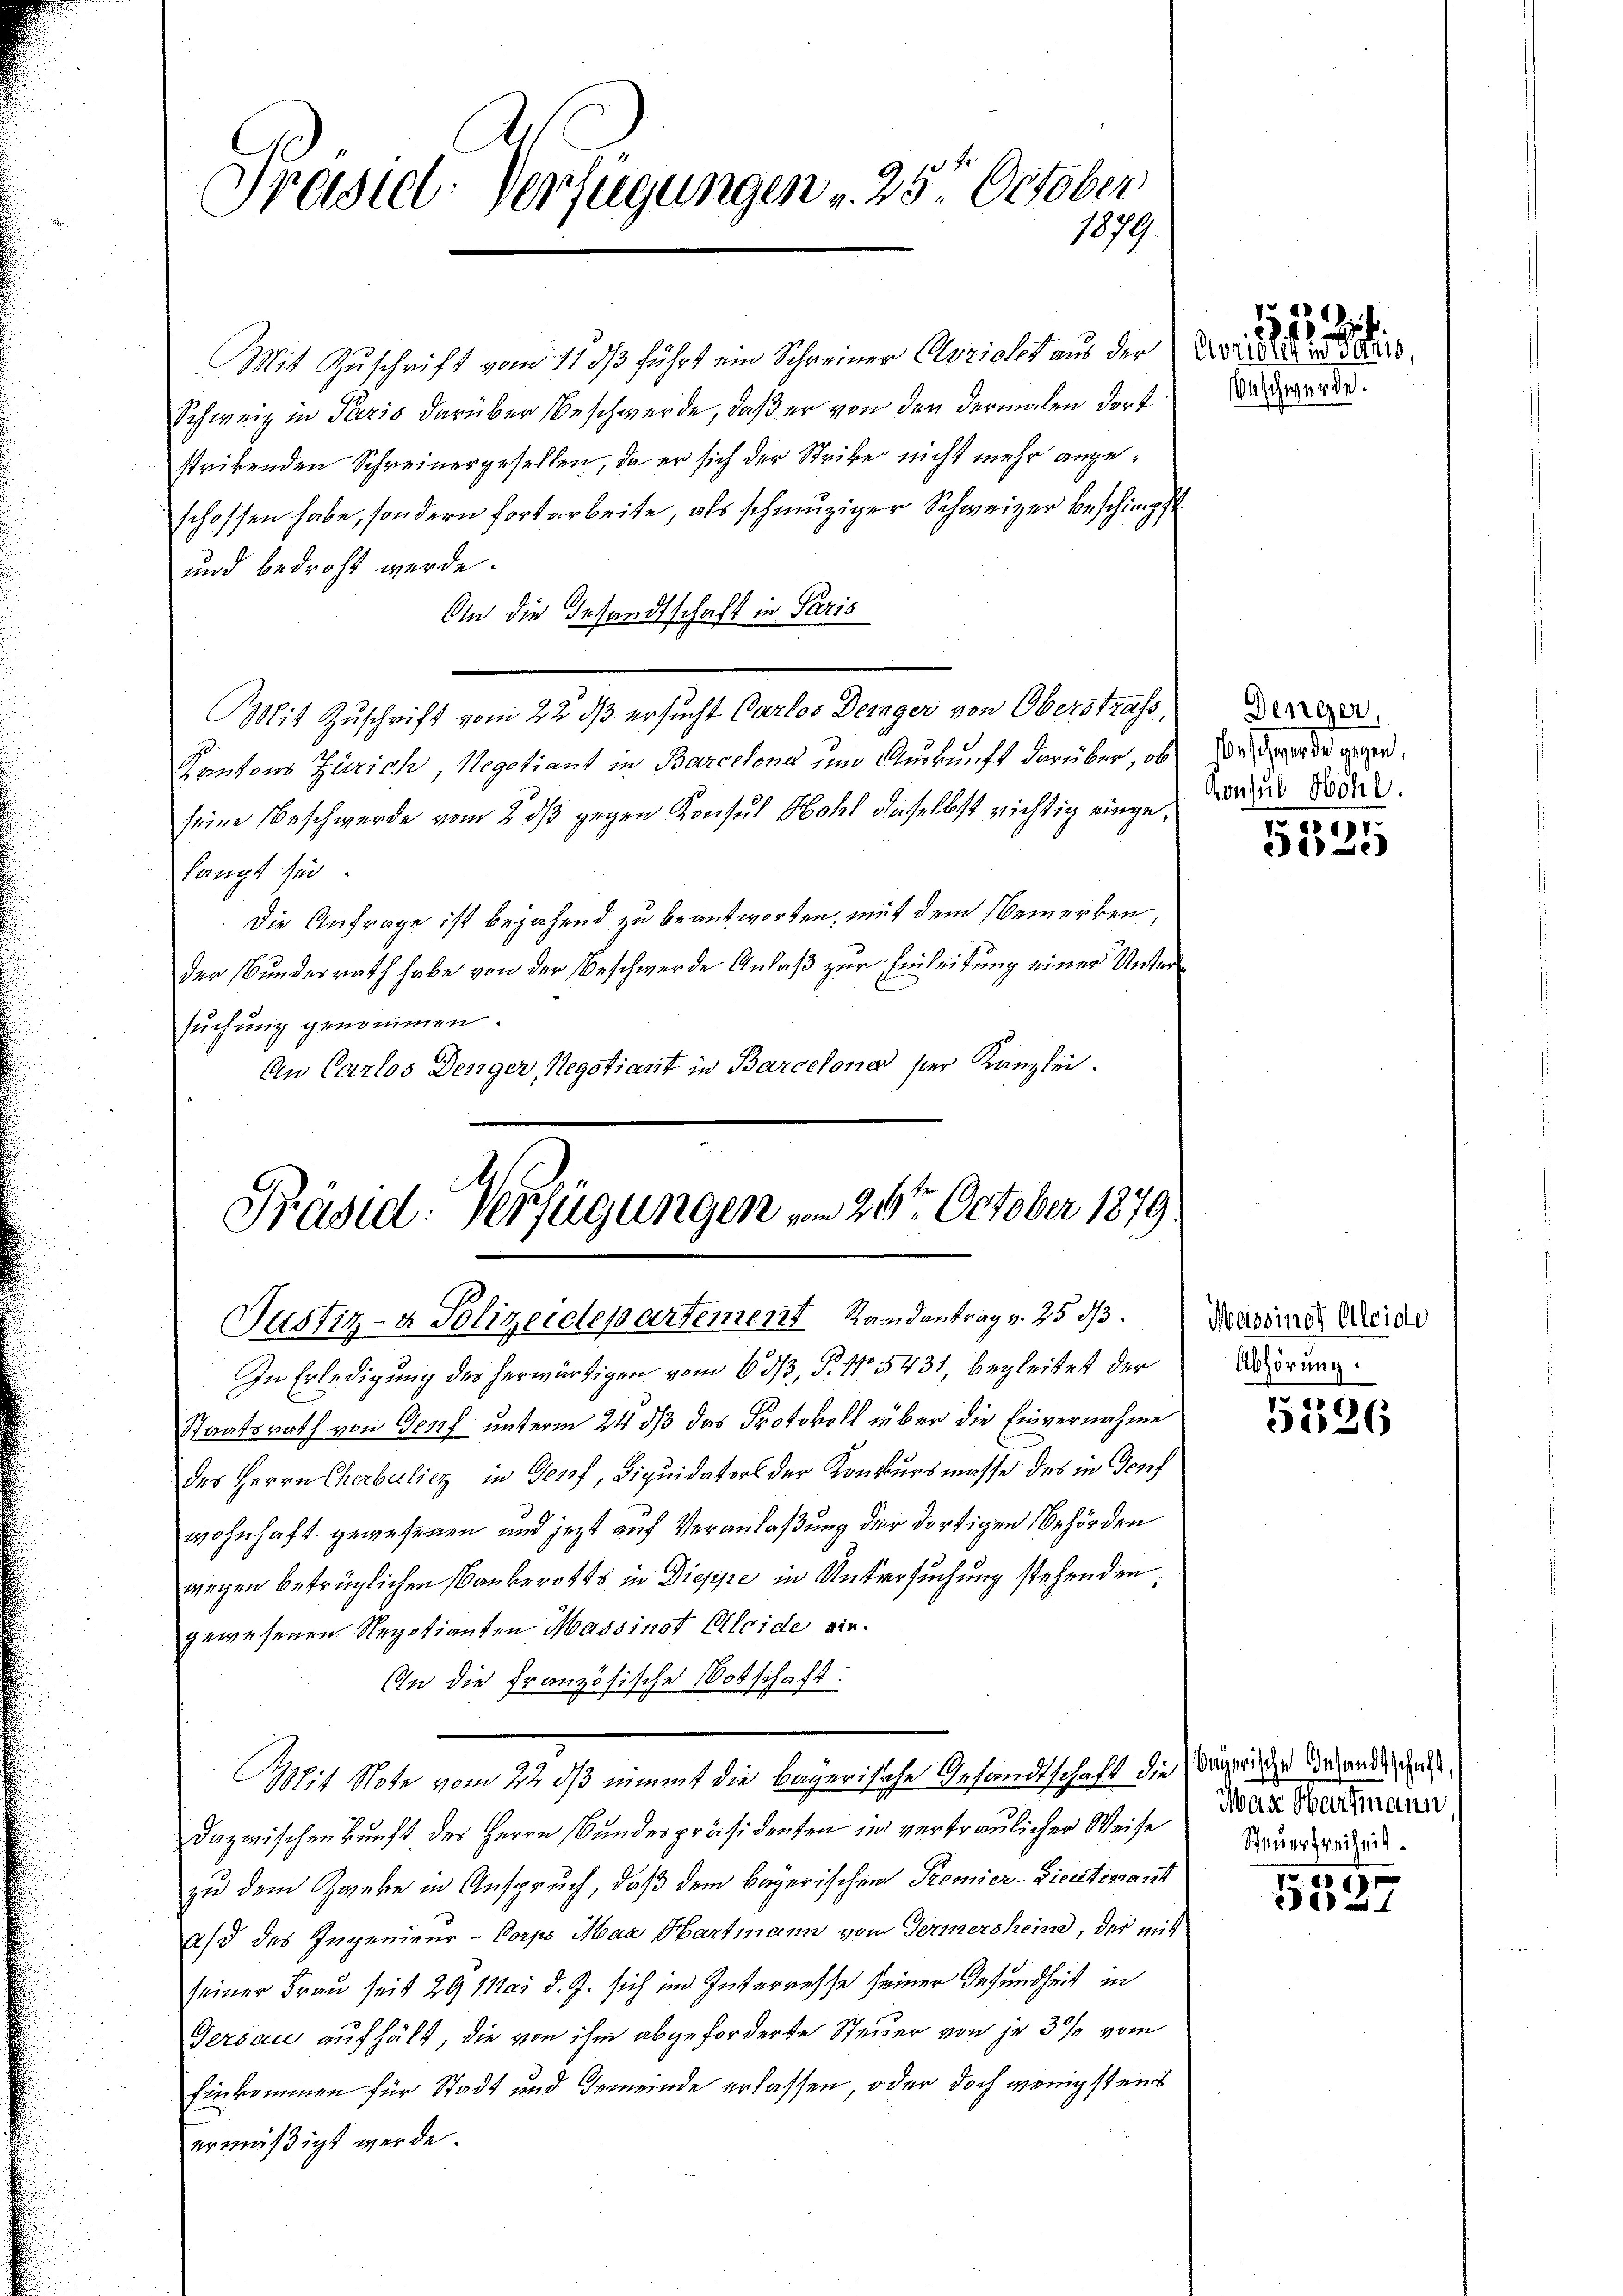
Pressiel. Verfügungen . 25. October.
1879.

Mit Zuschrift vom 11. ds führt ein Schreiner Erricht aus der Vorar 1810.
Schweiz in Paris darüber Beschwerde, daß er von den dermalen dort
strikenden Schreinergesellen, da er sich der Strike nicht mehr angeschossen habe, sondern fortarbeite, als schmutziger Schweizer beschimpft
und bedroht werde.
An die Gesandtschaft in Paris
Mit Zuschrift vom 22. ds ersucht Carlos Deinger von Oberstrass,
Kantons Zürich, Negotiant in Barcelona und Auskunft darüber, ob
seine Beschwerde vom 2. ds gegen Konsul Bohl daselbst richtig einge, wordes Todeslangt sei.
Die Anfrage ist bejahend zu beantworten, mit dem Bemerken,
der Bundesrath habe von der Beschwerde Anlaß zur Einleitung einer Untersuchung genommen.
An Carlos Denger, Negotiant in Barcelona ser Kanzlei.

le
Präsid: Verfügungen vom 24ten October 1879.
Justiz- & Polizeidepartement Randantrag v. 25 d

Mit Note vom 22. ds nimmt die bayerische Gesandtschaft die bezeige der andeshalt

In Erledigung des herwärtigen vom 6. dβ, P. No 5431, begleitet der
Staatsrath von Genf unterm 24 dß das Protokoll über die Einvernahme
des Herrn Cherbulicz in Genf, Liquidaters der Konkursmasse des in Teuf
wohnhaft gewesenen und jetzt auf Veranlaßung der dortigen Behörden
wegen betrüglichen Bankerotts in Dieppe in Untersuchung stehenden;
gewesenen Negotianten Massinst Alleide mir.
An die Französische Votschaft:
Dazwischenkunft des Herrn Bundespräsidenten in vertraulicher Weise
zu dem Zweke in Anspruch, daß dem bayerischen Premier-Lieutenant
ad des Ingenieur-Corps Max Hartmann von Termersheind, der mit
seiner Frau seit 29 Mai d. J. sich in Interresse seiner Gesundheit in
Gersau aufhält, die von ihm abgeforderte Steuer von je 3% vom
Einkommen für Stadt und Gemeinde erlassen, oder doch wenigstens
ermäßigt werde.

Geschwerde.

p
.

Dinger,
beschwerde gegen,

5325

Messinos Aleide
Abhörung.

5526

Mas Hartmann
Steuerfreiheit.

p